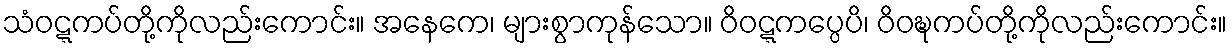
သံဝဋ္ဋကပ်တို့ကိုလည်းကောင်း။ အနေကေ၊ များစွာကုန်သော။ ဝိဝဋ္ဋကပ္ပေပိ၊ ဝိဝဍ္ဎကပ်တို့ကိုလည်းကောင်း။